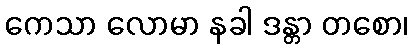
ကေသာ လောမာ နခါ ဒန္တာ တစော၊